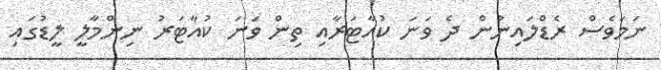
ނަމަވެސް ރެޑްލައިނުން ދެ ވަނަ ކުއާޓަރާއި ތިން ވަނަ ކުއާޓަރު ނިންމާލީ ލީޑުގައި